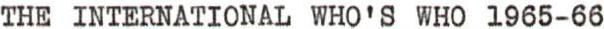
THE INTERNATIONAL WHO'S WHO 1965-66